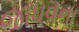
જાધવના